Report on vaccination in the Province of Bengal - 1869-1873
Year: 1869
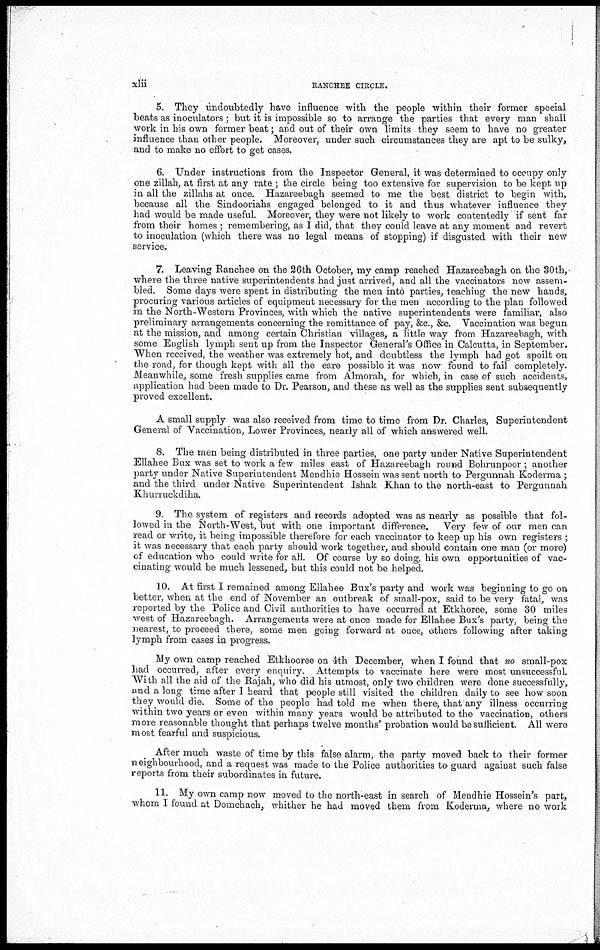
xlii
RANCHEE CIRCLE.
5. They undoubtedly have influence with the people within their former special
beats as inoculators; but it is impossible so to arrange the parties that every man shall
work in his own former beat; and out of their own limits they seem to have no greater
influence than other people. Moreover, under such circumstances they are apt to be sulky,
and to make no effort to get cases.
6. Under instructions from the Inspector General, it was determined to occupy only
one zillah, at first at any rate ; the circle being too extensive for supervision to be kept up
in all the zillahs at once. Hazareebagh seemed to me the best district to begin with,
because all the Sindooriahs engaged belonged to it and thus whatever influence they
had would be made useful. Moreover, they were not likely to work contentedly if sent far
from their homes ; remembering, as I did, that they could leave at any moment and revert
to inoculation (which there was no legal means of stopping) if disgusted with their new
service.
7. Leaving Ranchee on the 26th October, my camp reached Hazareebagh on the 30th,-
where the three native superintendents had just arrived, and all the vaccinators now assem-
bled. Some days were spent in distributing the men into parties, teaching the new hands,
procuring various articles of equipment necessary for the men according to the plan followed
in the North-Western Provinces, with which the native superintendents were familiar, also
preliminary arrangements concerning the remittance of pay, &c., &c. Vaccination was begun
at the mission, and among certain Christian villages, a little way from Hazareebagh, with
some English lymph sent up from the Inspector General's Office in Calcutta, in September.
When received, the weather was extremely hot, and doubtless the lymph had got spoilt on
the road, for though kept with all the care possible it was now found to fail completely.
Meanwhile, some fresh supplies came from Almorah, for which, in case of such accidents,
application had been made to Dr. Pearson, and these as well as the supplies sent subsequently
proved excellent.
A small supply was also received from time to time from Dr. Charles, Superintendent
General of Vaccination, Lower Provinces, nearly all of which answered well.
8. The men being distributed in three parties, one party under Native Superintendent
Ellahee Bux was set to work a few miles east of Hazareebagh round Bohrunpoor ; another
party under Native Superintendent Mendhie Hossein was sent north to Pergunnah Koderma ;
and the third under Native Superintendent Ishak Khan to the north-east to Pergunnah
Khurruckdiha.
9. The system of registers and records adopted was as nearly as possible that fol-
lowed in the North-West, but with one important difference.
Very few of our men can
read or write, it being impossible therefore for each vaccinator to keep up his own registers ;
it was necessary that each party should work together, and should contain one man (or more)
of education who could write for all. Of course by so doing, his own opportunities of vac-
cinating would be much lessened, but this could not be helped.
10. At first I remained among Ellahee Bux's party and work was beginning to go on
better, when at the end of November an outbreak of small-pox, said to be very fatal, was
reported by the Police and Civil authorities to have occurred at Etkhoree, some 30 miles
west of Hazareebagh. Arrangements were at once made for Ellahee Bux's party, being the
nearest, to proceed there, some men going forward at once, others following after taking
lymph from cases in progress.
My own camp reached Etkhooree on 4th December, when I found that no small-pox
had occurred, after every enquiry. Attempts to vaccinate here were most unsuccessful.
With all the aid of the Rajah, who did his utmost, only two children were done successfully,
and a long time after I heard that people still visited the children daily to see how soon
they would die. Some of the people had told me when there, that any illness occurring
within two years or even within many years would be attributed to the vaccination, others
more reasonable thought that perhaps twelve months probation would be sufficient. All were
most fearful and suspicious.
After much waste of time by this false alarm, the party moved back to their former
neighbourhood, and a request was made to the Police authorities to guard against such false
reports from their subordinates in future.
11. My own camp now moved to the north-east in search of Mendhie Hossein's part,
whom I found at Domchach, whither he had moved them from Koderma, where no work